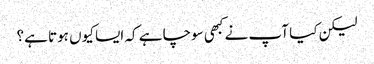
لیکن کیا آپ نے کبھی سوچا ہے کہ ایسا کیوں ہوتا ہے؟